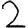
Digit: 2